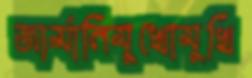
জার্মানিমুখোমুখি